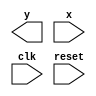
// -------------------------
// Moore FSM
// Nome: Felipe Trres 
// --------------------------- 

// --------------------------- 
// --------------------
// --- Moore FSM (1001) sem interseao
// --------------------
//

// constant definitions
`define found 1
`define notfound 0

// FSM by Moore
module moore1001 ( y, x, clk, reset );
output y;
input x;
input clk;
input reset;

reg y;

parameter // state identifiers
start = 3'b000,
id1 = 3'b001,
id11 = 3'b011,
id110 = 3'b010,
id1101 = 3'b110; // signal found

reg [1:0] E1; // current state variables
reg [1:0] E2; // next state logic output

// next state logic
   always @( x or E1 )
    begin
	  case( E1 )
		start:
		 if ( x )
		  E2 = id1;
		 else
		  E2 = start;
		id1:
		 if ( x )
		  E2 = id1;
		 else
		  E2 = id11;
		id11:
		 if ( x )
		  E2 = id1;
		 else
		  E2 = id110;
		id110:
		 if ( x )
		  E2 = id1101;
		 else
		  E2 = start;
		id1101:
		 if ( x )
		  E2 = id1;
		 else
		  E2 = start;
	  default: // undefined statee
		 E2 = 3'bxxx;
	  endcase
	 end // always at signal or state changing
	 
  // state variables
	  always @( posedge clk or negedge reset )
	   begin
	    if ( reset )
		  E1 = E2; // updates current state
		 else
		  E1 = 0; // reset
		end // always at signal changing
		
  // output logic
	  always @( E1 )
	   begin
		 y = E1[2]; // first bit of state value
		end // always at state changing
  
endmodule // moore1001